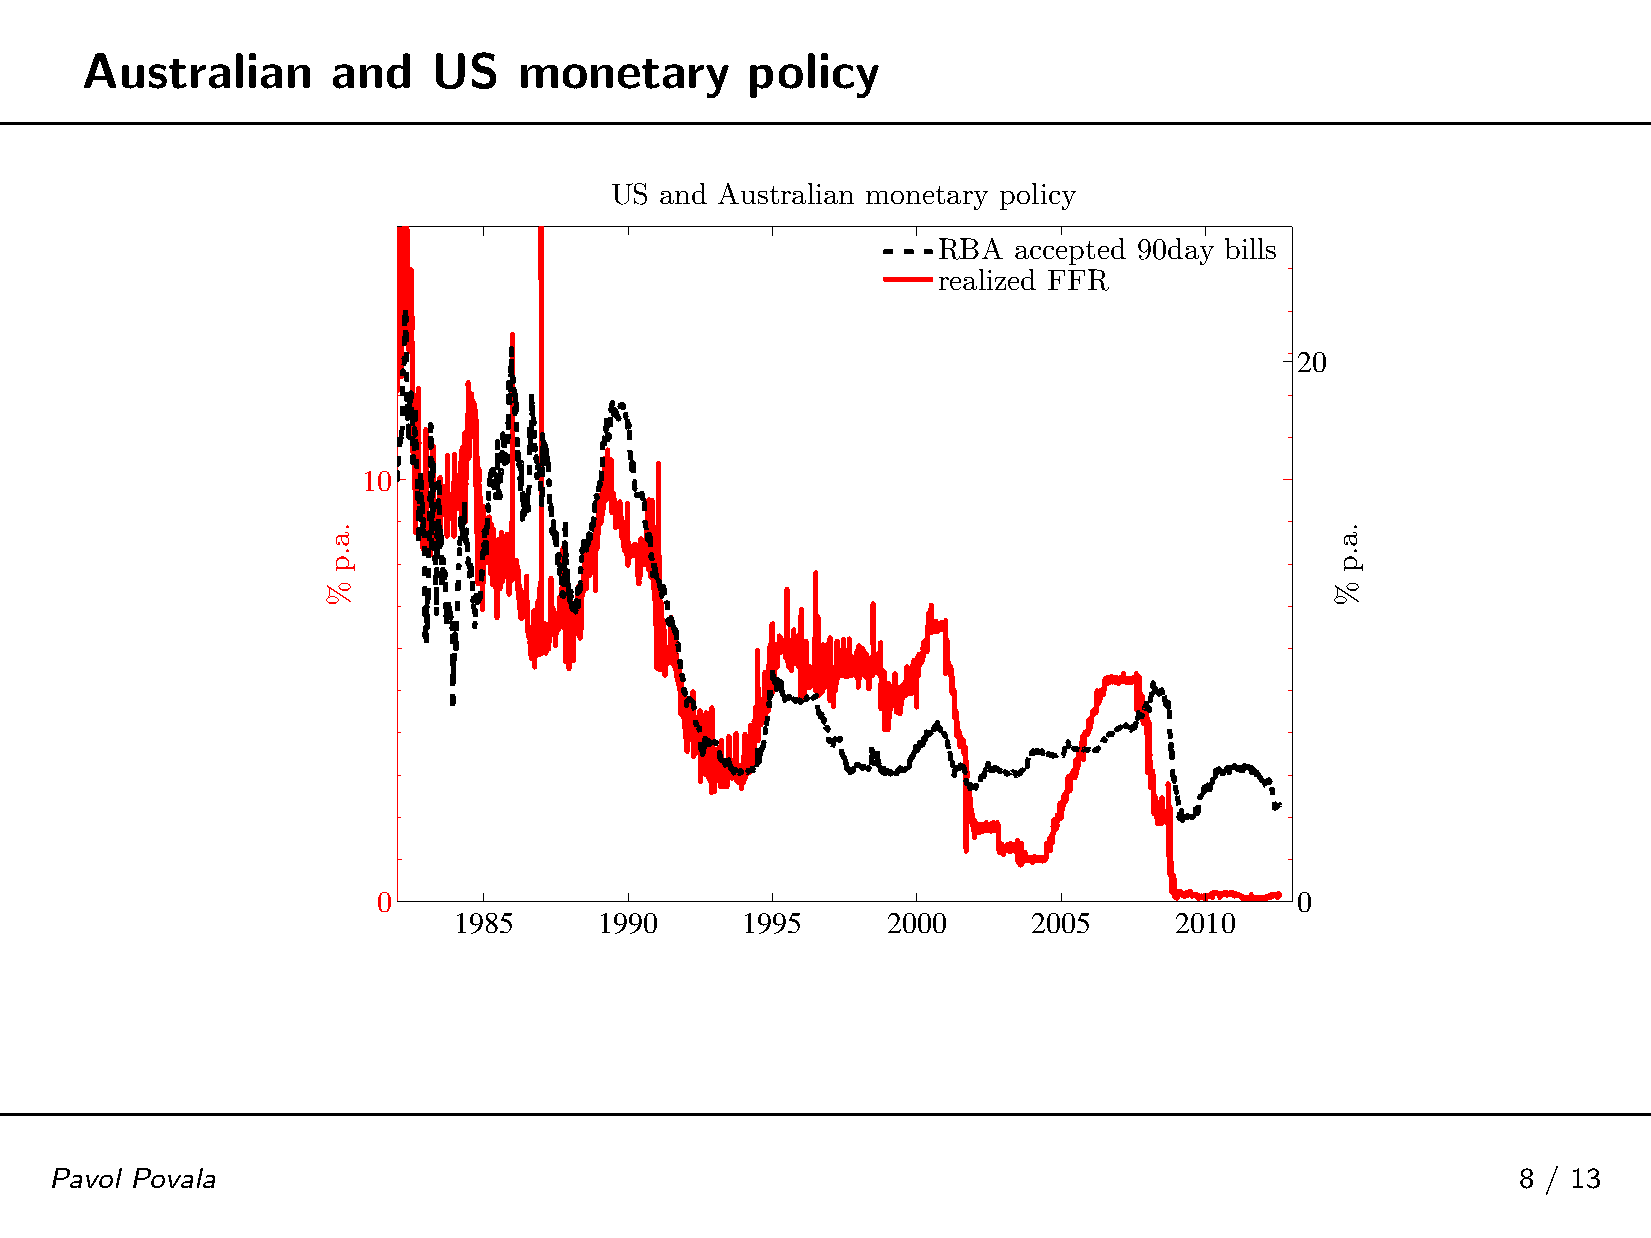
Australian       and    US   monetary        policy
 US  and Australian monetary policy
 RBA  accepted 90day bills
 realized FFR
 20
 10
 0                                                            0
 11998855  11999900 11999955  22000000 22000055  22001100
 Pavol Povala                                                                                      8 / 13
 .a.p
 %
 .a.p
 %